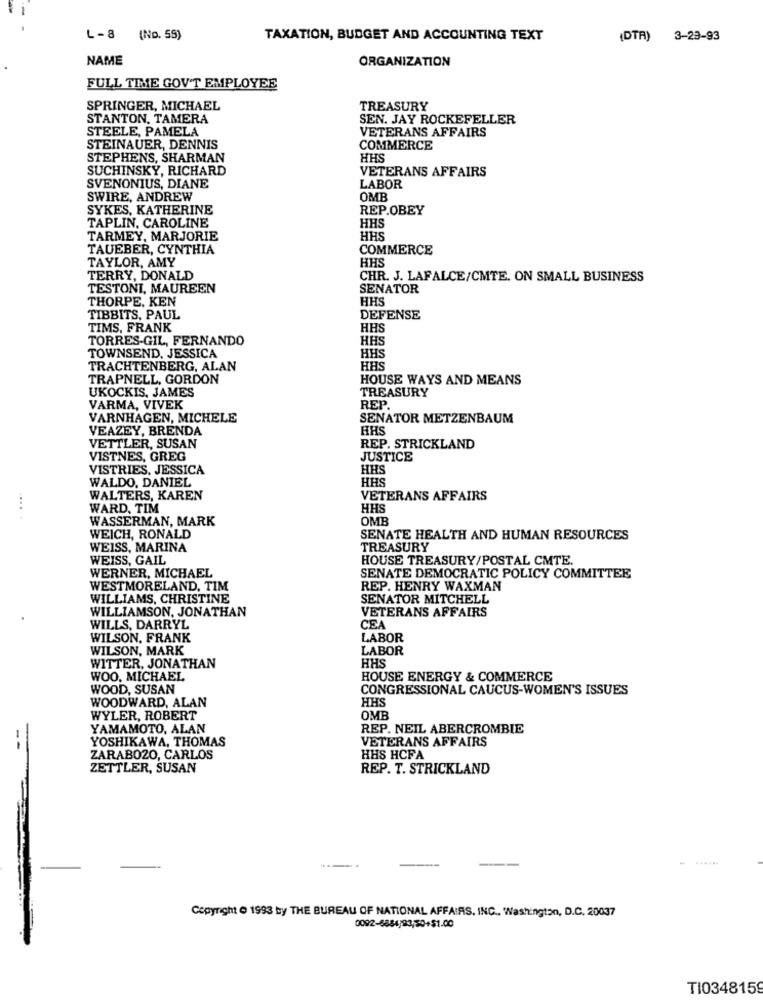
L-8 (No. 55)
TAXATION, BUDGET AND ACCOUNTING TEXT
{DTR) 3-23-93
NAME
ORGANIZATION
FULL TIME GOV'T EMPLOYEE
SPRINGER, MICHAEL
TREASURY
STANTON, TAMERA
SEN. JAY ROCKEFELLER
STEELE, PAMELA
VETERANS AFFAIRS
STEINAUER, DENNIS
COMMERCE
STEPHENS, SHARMAN
HHS
SUCHINSKY, RICHARD
VETERANS AFFAIRS
SVENONIUS, DIANE
LABOR
SWIRE, ANDREW
OMB
SYKES, KATHERINE
REP.OBEY
HHS
TAPLIN, CAROLINE
TARMEY, MARJORIE
HHS
TAUEBER, CYNTHIA
COMMERCE
TAYLOR, AMY
HHS
TERRY, DONALD
CHR. J. LAFALCE/CMTE. ON SMALL BUSINESS
TESTONI, MAUREEN
SENATOR
THORPE, KEN
HHS
TIBBITS, PAUL
DEFENSE
TIMS, FRANK
HHS
TORRES-GIL, FERNANDO
HHS
TOWNSEND, JESSICA
HHS
TRACHTENBERG, ALAN
HAS
TRAPNELL, GORDON
HOUSE WAYS AND MEANS
UKOCKIS, JAMES
TREASURY
VARMA, VIVEK
REP.
VARNHAGEN, MICHELE
SENATOR METZENBAUM
VEAZEY, BRENDA
HHS
VETTLER, SUSAN
REP. STRICKLAND
VISTNES, GREG
JUSTICE
VISTRIES, JESSICA
HHS
WALDO, DANIEL
HE
WALTERS, KAREN
VETERANS AFFAIRS
WARD, TIM
HH
WASSERMAN, MARK
OMB
WEICH, RONALD
SENATE HEALTH AND HUMAN RESOURCES
WEISS, MARINA
TREASURY
WEISS, GAIL
HOUSE TREASURY/POSTAL CMTE.
WERNER, MICHAEL
SENATE DEMOCRATIC POLICY COMMITTEE
WESTMORELAND. TIM
REP. HENRY WAXMAN
WILLIAMS, CHRISTINE
SENATOR MITCHELL
WILLIAMSON, JONATHAN
VETERANS AFFAIRS
WILLS, DARRYL
CE
WILSON, FRANK
LABOR
WILSON, MARK
LABOR
HHS
WITTER, JONATHAN
WOO, MICHAEL
HOUSE ENERGY & COMMERCE
WOOD, SUSAN
CONGRESSIONAL CAUCUS-WOMEN'S ISSUES
HHS
WOODWARD, ALAN
WYLER, ROBERT
OMB
YAMAMOTO, ALAN
REP. NEIL ABERCROMBIE
YOSHIKAWA, THOMAS
VETERANS AFFAIRS
ZARABOZO, CARLOS
HHS HCFA
ZETTLER, SUSAN
REP. T. STRICKLAND
Copyright O 1993 by THE BUREAU OF NATIONAL AFFAIRS, INC ., Washington, D.C. 20037
0092-6834:23,50+$1.00
TI0348159